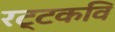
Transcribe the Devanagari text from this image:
रट्टकवि